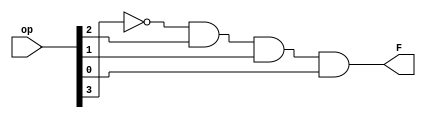
module and_SLTI_type(op,F);
input [3:0] op;
output F;
wire a;

not(a,op[3]);
and(F,a,op[2],op[1],op[0]);
endmodule